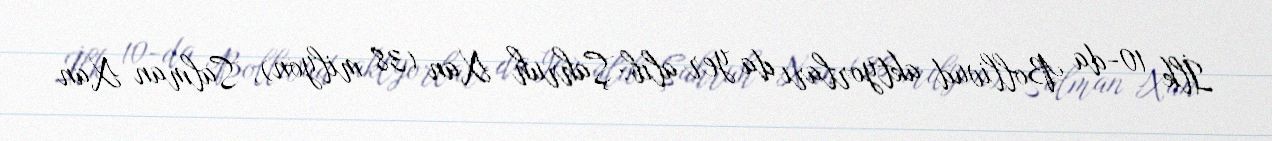
İlk 10-da Bollivud aktyorları da yer alıb: Şahruh Xan (38 milyon), Salman Xan